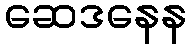
ဆေဒနေန